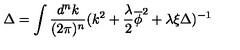
\Delta = \int \frac { d ^ { n } k } { ( 2 \pi ) ^ { n } } ( k ^ { 2 } + \frac { \lambda } { 2 } \overline { \phi } ^ { 2 } + \lambda \xi \Delta ) ^ { - 1 }